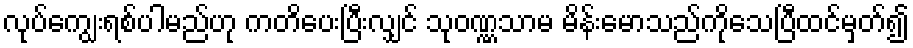
လုပ်ကျွေးရစ်ပါမည်ဟု ကတိပေးပြီးလျှင် သုဝဏ္ဏသာမ မိန်းမောသည်ကိုသေပြီထင်မှတ်၍